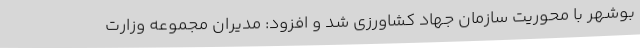
بوشهر با محوریت سازمان جهاد کشاورزی شد و افزود: مدیران مجموعه وزارت